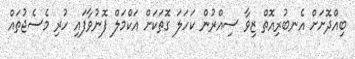
ބިއްދޮށަށް އެނބުރިއޮތް ޒިވާ ސިއްރުން ކަހަލަ ގޮތަކަށް އަކްމަލް ފޮނުވާފައި ހުރި މެސެޖުތައް